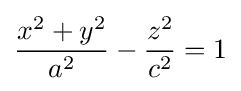
{\frac {x^{2}+y^{2}}{a^{2}}}-{\frac {z^{2}}{c^{2}}}=1